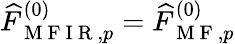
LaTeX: \widehat{F}_{\mathrm{~M~F~I~R~},p}^{(0)}=\widehat{F}_{\mathrm{~M~F~},p}^{(0)}